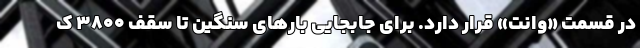
در قسمت «وانت» قرار دارد. برای جابجایی بارهای سنگین تا سقف ۳۸۰۰ ک